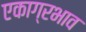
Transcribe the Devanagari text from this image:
एकाग्रभाव